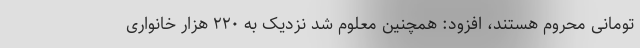
تومانی محروم هستند، افزود: همچنین معلوم شد نزدیک به ۲۲۰ هزار خانواری